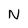
Character: N